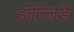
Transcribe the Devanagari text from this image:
हॉल्लिडे